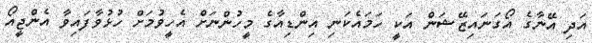
އަދި އޭނާގެ އޯގަނައިޒޭޝަން އަކީ ހަމައެކަނި އިންޑިއާގެ މީހުންނަށް އެހީވުމަށް ހުޅުވާފައިވާ އެންޖީއޯ